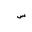
Letter: _sin